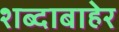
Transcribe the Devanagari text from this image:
शब्दाबाहेर